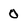
Character: 0